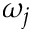
\omega _ { j }